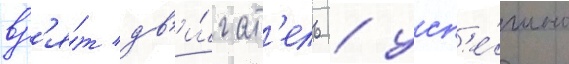
вз'я́т дв'и́гат'ель / усп'е́шно